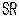
SR